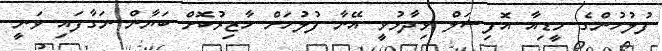
ފުލުހުންގެ މީޑިއާ އޮފިޝަލް ވިދާޅުވީ އޭނާ ފުލުހަށް ހާޒިރުކޮށް ބަޔާން ނަގާފައި ވަނީ